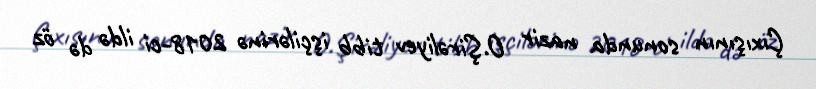
Çıxışının sonunda nazir O.Şirəliyev tibb işçilərinə 2018-ci ildə də öz